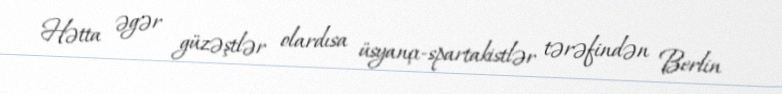
Hətta əgər güzəştlər olardısa üsyançı-spartakistlər tərəfindən Berlin